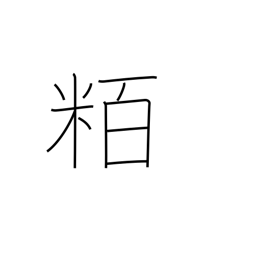
Meaning: hectometre